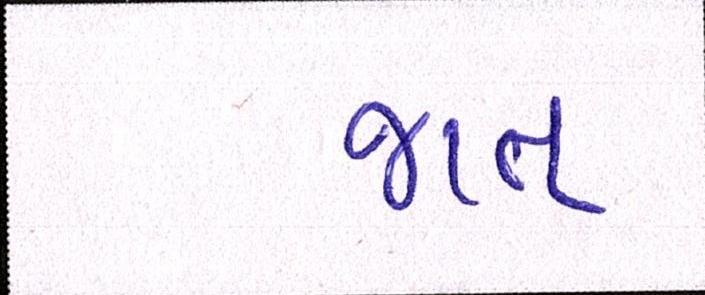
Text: જાત